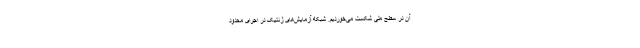
آن در سطح ملی شکست می‌خوردیم. شبکه آزمایش‌های ژنتیک در اجرای محدود